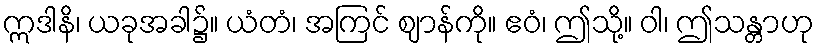
ဣဒါနိ၊ ယခုအခါ၌။ ယံတံ၊ အကြင် ဈာန်ကို။ ဧဝံ၊ ဤသို့။ ဝါ၊ ဤသန္တာဟု